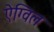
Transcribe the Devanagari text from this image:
ऐग्विल